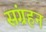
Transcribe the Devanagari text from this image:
संग्रहन